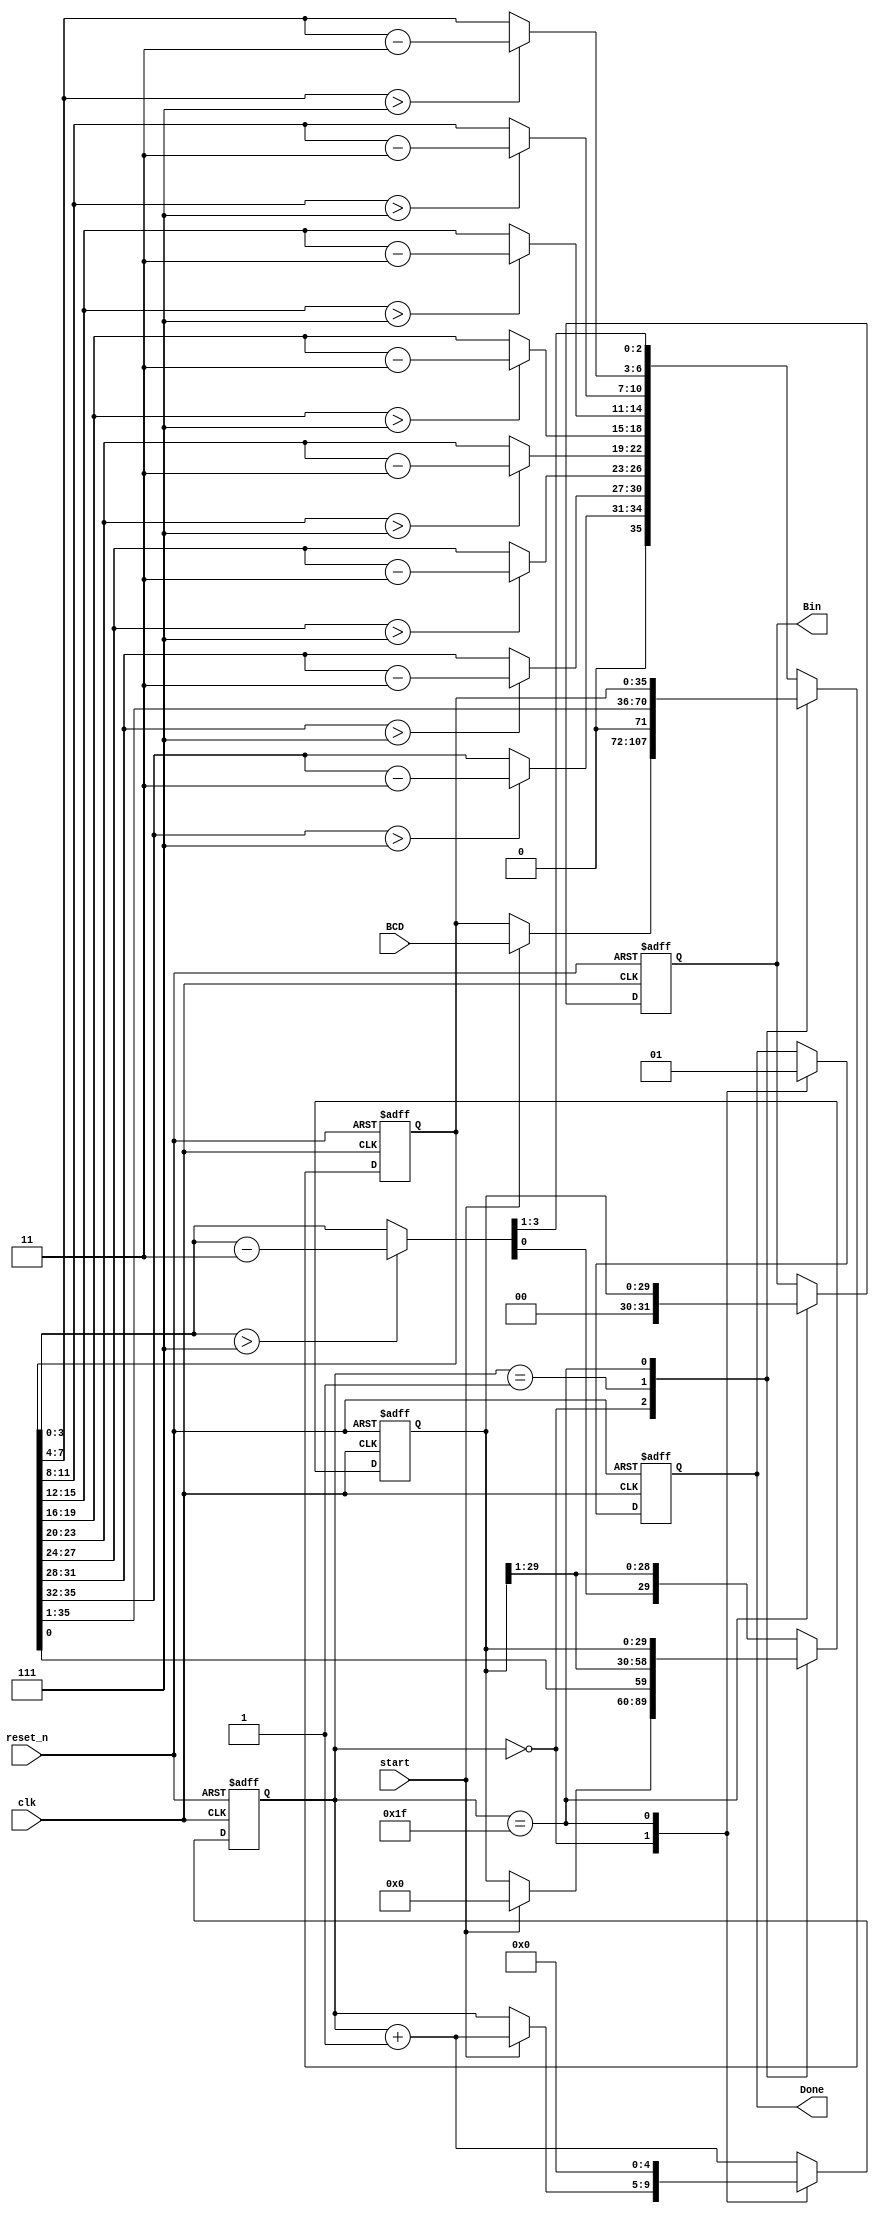
`timescale 1ns / 1ps
//////////////////////////////////////////////////////////////////////////////////
// Company: 
// Engineer: 
// 
// Design Name: 
// Module Name: BCD_to_Bin
// Project Name: 
// Target Devices: 
// Tool Versions: 
// Description: 
// 
// Dependencies: 
// 
// Revision:
// Revision 0.01 - File Created
// Additional Comments:
// 
//////////////////////////////////////////////////////////////////////////////////


module BCD_to_Bin(
	input wire clk,
	input wire reset_n,
	input wire start,
	input wire [35:0] BCD,
	output reg [31:0] Bin,
	output reg Done
);
	reg [29:0] Bintemp;
	reg [35:0] BCDtemp;
	wire [35:0] BCDtemp2;
	reg [4:0] cnt;
	always @(posedge clk or negedge reset_n)
		if(!reset_n)
			begin
			Bintemp <= 30'd0;
			BCDtemp <= 32'd0;
			cnt <= 5'd0;
			Bin <= 32'd0;
			Done <= 1'b0;
			end
		else
			case(cnt)
			5'd0:
				begin
				Done <= 1'b0;
				if(start)
					begin BCDtemp <= BCD; Bintemp <= 30'd0; cnt <= cnt + 1'b1; end
				end
			5'd1:
				begin BCDtemp <= BCDtemp >> 1; Bintemp <= {BCDtemp[0], Bintemp[29:1]}; cnt <= cnt + 1'b1; end
			5'd31:
				begin Bin <= Bintemp; cnt <= 5'd0; Done <= 1'b1; end
			default:
				begin BCDtemp <= BCDtemp2 >> 1; Bintemp <= {BCDtemp2[0], Bintemp[29:1]}; cnt <= cnt + 1'b1; end
			endcase
	
	assign BCDtemp2[3:0] = BCDtemp[3:0] > 4'd7 ? BCDtemp[3:0] - 4'd3 : BCDtemp[3:0];
	assign BCDtemp2[7:4] = BCDtemp[7:4] > 4'd7 ? BCDtemp[7:4] - 4'd3 : BCDtemp[7:4];
	assign BCDtemp2[11:8] = BCDtemp[11:8] > 4'd7 ? BCDtemp[11:8] - 4'd3 : BCDtemp[11:8];
	assign BCDtemp2[15:12] = BCDtemp[15:12] > 4'd7 ? BCDtemp[15:12] - 4'd3 : BCDtemp[15:12];
	assign BCDtemp2[19:16] = BCDtemp[19:16] > 4'd7 ? BCDtemp[19:16] - 4'd3 : BCDtemp[19:16];
	assign BCDtemp2[23:20] = BCDtemp[23:20] > 4'd7 ? BCDtemp[23:20] - 4'd3 : BCDtemp[23:20];
	assign BCDtemp2[27:24] = BCDtemp[27:24] > 4'd7 ? BCDtemp[27:24] - 4'd3 : BCDtemp[27:24];
	assign BCDtemp2[31:28] = BCDtemp[31:28] > 4'd7 ? BCDtemp[31:28] - 4'd3 : BCDtemp[31:28];
	assign BCDtemp2[35:32] = BCDtemp[35:32] > 4'd7 ? BCDtemp[35:32] - 4'd3 : BCDtemp[35:32];
endmodule